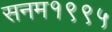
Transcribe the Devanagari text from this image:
सनम१९९५